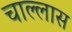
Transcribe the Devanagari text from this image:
चाल्लास